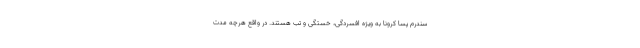
سندرم پسا کرونا به ویژه افسردگی، خستگی و تب هستند. در واقع هرچه مدت